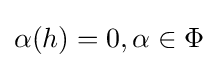
\alpha (h)=0,\alpha \in \Phi